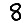
Digit: 8